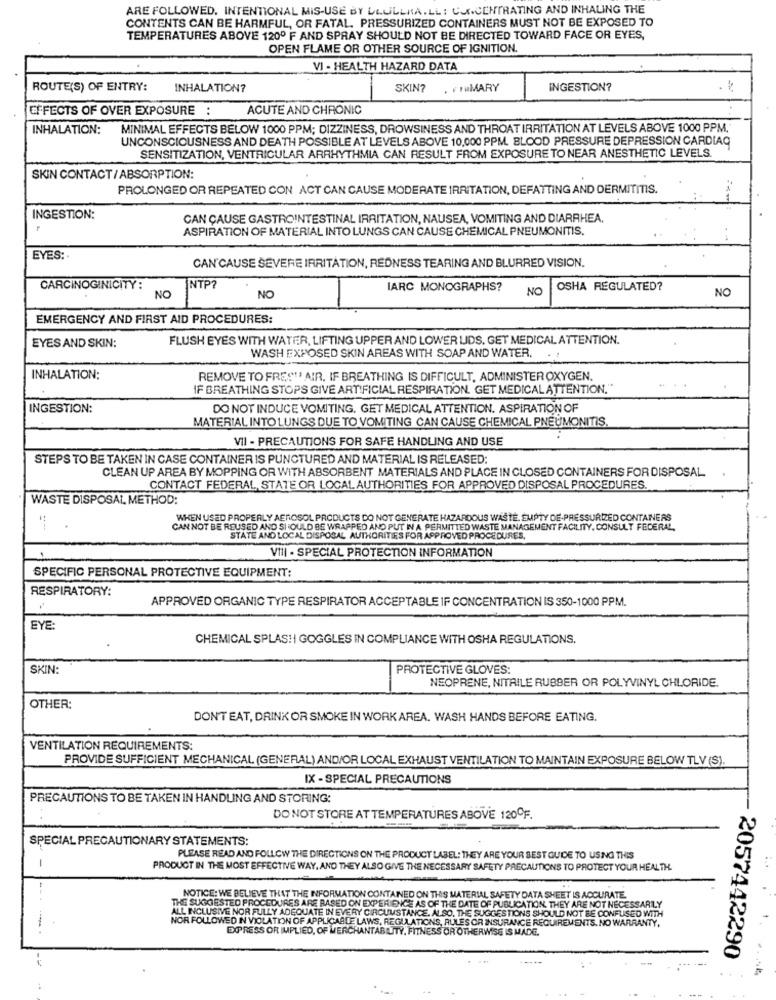
ARE FOLLOWED. INTENTIONAL MIS-USE BY LLULLKA.LL : CONCENTRATING AND INHALING THE
CONTENTS CAN BE HARMFUL, OR FATAL. PRESSURIZED CONTAINERS MUST NOT BE EXPOSED TO
TEMPERATURES ABOVE 1200 F AND SPRAY SHOULD NOT BE DIRECTED TOWARD FACE OR EYES,
OPEN FLAME OR OTHER SOURCE OF IGNITION.
VI - HEALTH HAZARD DATA
ROUTE(S) OF ENTRY:
INHALATION?
SKIN?
. FruMARY
INGESTION?
EFFECTS OF OVER EXPOSURE : ACUTE AND CHRONIC
INHALATION:
MINIMAL EFFECTS BELOW 1000 PPM; DIZZINESS, DROWSINESS AND THROAT IRRITATION AT LEVELS ABOVE 1000 PPM.
UNCONSCIOUSNESS AND DEATH POSSIBLE AT LEVELS ABOVE 10,000 PPM. BLOOD PRESSURE DEPRESSION CARDIAC
SENSITIZATION, VENTRICULAR ARRHYTHMIA CAN RESULT FROM EXPOSURE TO NEAR ANESTHETIC LEVELS.
SKIN CONTACT/ ABSORPTION:
PROLONGED OR REPEATED CON ACT CAN CAUSE MODERATE IRRITATION, DEFATTING AND DERMITITIS.
INGESTION:
CAN CAUSE GASTROINTESTINAL IRRITATION, NAUSEA, VOMITING AND DIARRHEA.
ASPIRATION OF MATERIAL INTO LUNGS CAN CAUSE CHEMICAL PNEUMONITIS.
EYES :.
CAN CAUSE SEVERE IRRITATION, REDNESS TEARING AND BLURRED VISION.
CARCINOGINICITY:
NTP?
IARC MONOGRAPHS?
NO
OSHA REGULATED?
NO
NO
NO
EMERGENCY AND FIRST AID PROCEDURES:
FLUSH EYES WITH WATER, LIFTING UPPER AND LOWER LIDS. GET MEDICAL ATTENTION.
EYES AND SKIN:
WASH EXPOSED SKIN AREAS WITH SOAP AND WATER.
INHALATION:
REMOVE TO FRES"" AIR. IF BREATHING IS DIFFICULT, ADMINISTER OXYGEN.
IF BREATHING STOPS GIVE ARTIFICIAL RESPIRATION. GET MEDICAL ATTENTION."
INGESTION:
DO NOT INDUCE VOMITING, GET MEDICAL ATTENTION. ASPIRATION OF
MATERIAL INTO LUNGS DUE TO VOMITING CAN CAUSE CHEMICAL PNEUMONITIS.
VII - PRECAUTIONS FOR SAFE HANDLING AND USE
STEPS TO BE TAKEN IN CASE CONTAINER IS PUNCTURED AND MATERIAL IS RELEASED:
CLEAN UP AREA BY MOPPING OR WITH ABSORBENT MATERIALS AND PLACE IN CLOSED CONTAINERS FOR DISPOSAL
CONTACT FEDERAL, STATE OR LOCAL AUTHORITIES FOR APPROVED DISPOSAL PROCEDURES.
WASTE DISPOSAL, METHOD:
WHEN USED PROPERLY AEROSOL PRODUCTS DO NOT GENERATE HAZARDOUS WASTE, EMPTY DE-PRESSURIZED CONTAINERS
CAN NOT BE REUSED AND SHOULD BE WRAPPED AND PUT IN A PERMITTED WASTE MANAGEMENT FACILITY, CONSULT FEDERAL
STATE AND LOCAL DISPOSAL AUTHORITIES FOR APPROVED PROCEDURES,
VIII - SPECIAL PROTECTION INFORMATION
SPECIFIC PERSONAL PROTECTIVE EQUIPMENT:
RESPIRATORY:
APPROVED ORGANIC TYPE RESPIRATOR ACCEPTABLE IF CONCENTRATION IS 350-1000 PPM.
EYE
CHEMICAL SPLAS!I GOGGLES IN COMPLIANCE WITH OSHA REGULATIONS.
SKIN:
PROTECTIVE GLOVES:
NEOPRENE, NITAILE RUBBER OR POLYVINYL CHLORIDE.
OTHER:
DON'T EAT, DRINK OR SMOKE IN WORK AREA. WASH HANDS BEFORE EATING.
VENTILATION REQUIREMENTS:
PROVIDE SUFFICIENT MECHANICAL (GENERAL) AND/OR LOCAL EXHAUST VENTILATION TO MAINTAIN EXPOSURE BELOW TLV (S).
IX - SPECIAL PRECAUTIONS
PRECAUTIONS TO BE TAKEN IN HANDLING AND STORING:
DO NOT STORE AT TEMPERATURES ABOVE 120OF.
SPECIAL PRECAUTIONARY STATEMENTS:
PLEASE READ AND FOLLOW THE DIRECTIONS ON THE PRODUCT LABEL: THEY ARE YOUR SEST GUIDE TO USING THIS
-
PRODUCT IN THE MOST EFFECTIVE WAY, AND THEY ALSO GIVE THE NECESSARY SAFETY PRECAUTIONS TO PROTECT YOUR HEALTH.
NOTICE: WE BELIEVE THAT THE INFORMATION CONTAINED ON THIS MATERIAL SAFETY DATA SHEET IS ACCURATE
THE SUGGESTED PROCEDURES ARE BASED ON EXPERIENCE AS OF THE DATE OF PUBLICATION. THEY ARE NOT NECESSARILY
ALL INCLUSIVE NOR FULLY ADEQUATE IN EVERY CIRCUMSTANCE. ALSO, THE SUGGESTIONS SHOULD NOT BE CONFUSED WITH
NOR FOLLOWED IN VIOLATION OF APPLICABLE LAWS, REGULATIONS, RULES OR INSURANCE REQUIREMENTS. NO WARRANTY,
EXPRESS OR IMPLIED, OF MERCHANTABILITY, FITNESS OR OTHERWISE IS MADE.
2057442290